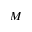
M